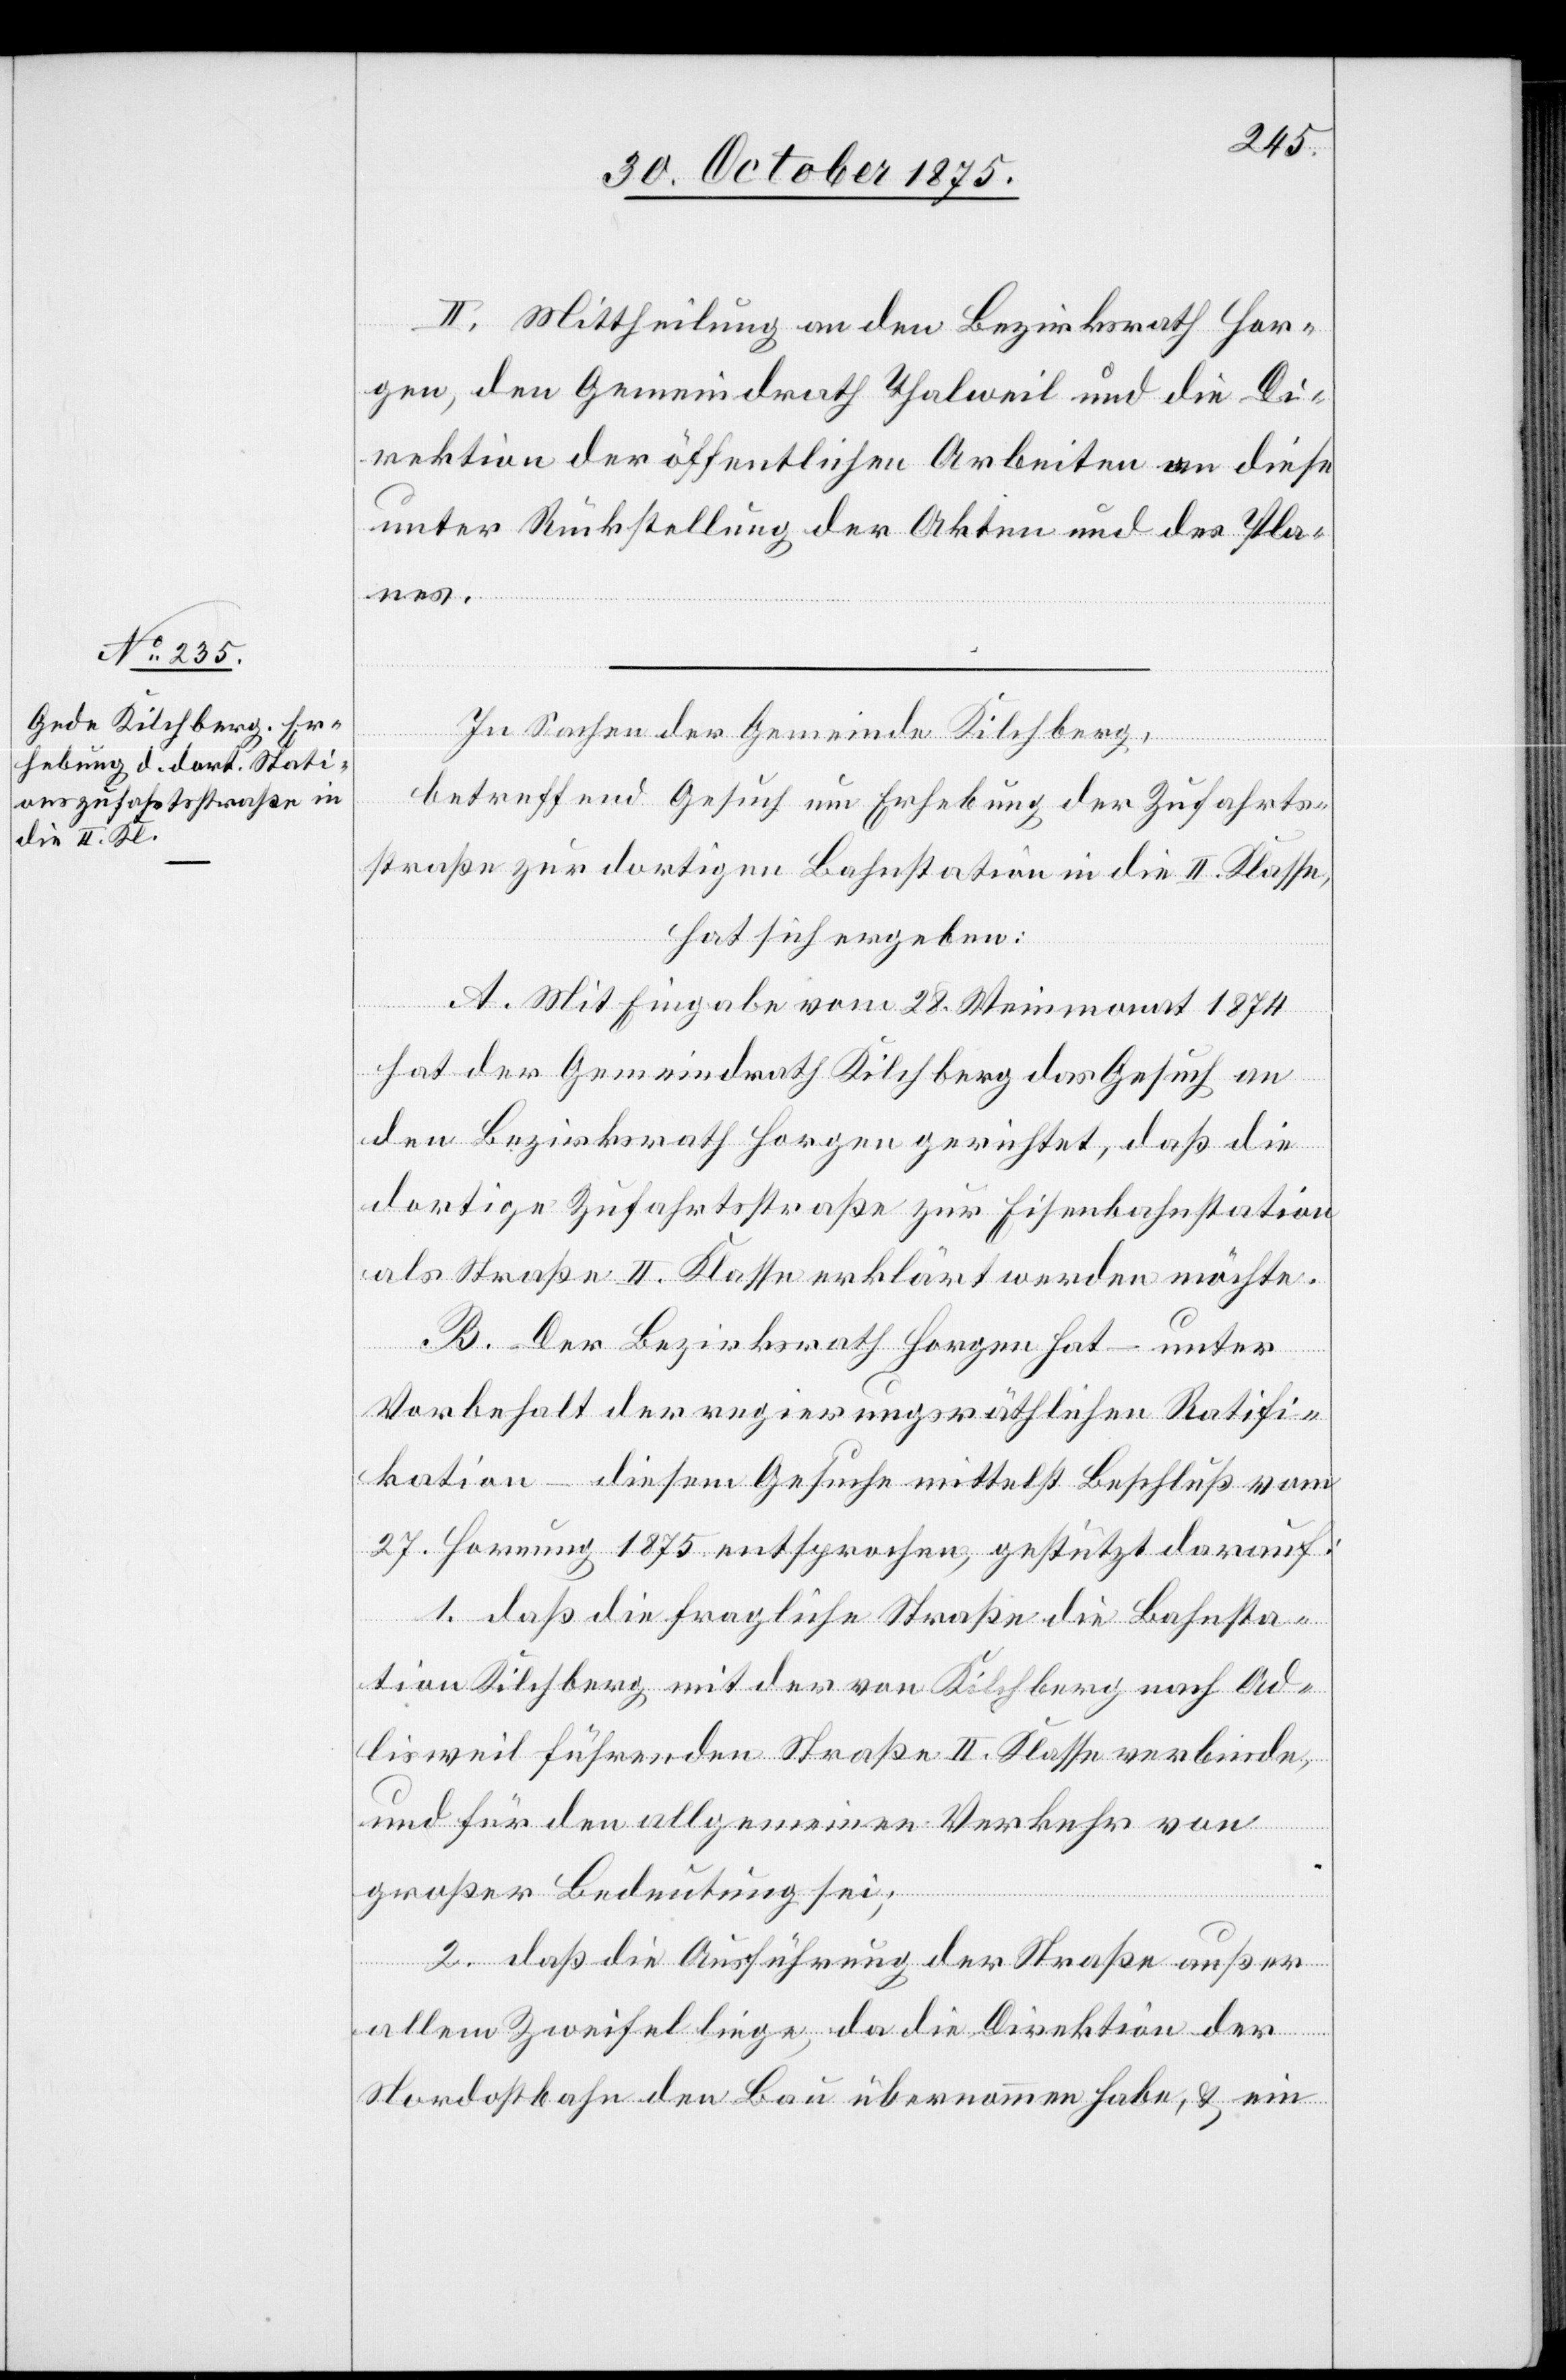
II. Mittheilung an den Bezirksrath Hor¬
gen, den Gemeindrath Thalweil und die Di¬
rektion der öffentlichen Arbeiten[,] an diese
unter Rückstellung der Akten und des Pla¬
nes.
In Sachen der Gemeinde Kilchberg,
betreffend Gesuch um Erhebung der Zufahrts¬
straße zur dortigen Bahnstation in die II. Klasse,
hat sich ergeben:
A. Mit Eingabe vom 28. Weinmonat 1874
hat der Gemeindrath Kilchberg das Gesuch an
den Bezirksrath Horgen gerichtet, daß die
dortige Zufahrtsstraße zur Eisenbahnstation
als Straße II. Klasse erklärt werden möchte.
B. Der Bezirksrath Horgen hat – unter
Vorbehalt der regierungsräthlichen Ratifi¬
kation – diesem Gesuche mittelst Beschluß vom
27. Hornung 1875 entsprochen, gestützt darauf:
1. daß die fragliche Straße die Bahnsta¬
tion Kilchberg mit der von Kilchberg nach Ad¬
lisweil führenden Straße II. Klasse verbinde,
und für den allgemeinen Verkehr von
großer Bedeutung sei;
2. daß die Ausführung der Straße außer
allem Zweifel liege, da die Direktion der
Nordostbahn den Bau übernommen habe, & ein